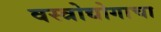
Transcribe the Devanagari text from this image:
वस्त्रोद्योगाचा